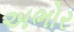
અભોર